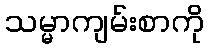
သမ္မာကျမ်းစာကို